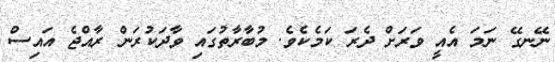
ނޭނގޭ ނަމަ އެއީ ވަރަށް ދެރަ ކަމެކެވެ. މުބާރާތުގައި ވާދަކުރަން ރާއްޖެ އައިސް